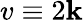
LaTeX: v\equiv2\mathbf{k}